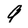
Character: 9